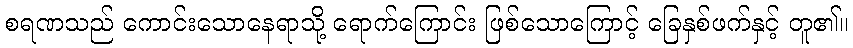
စရဏသည် ကောင်းသောနေရာသို့ ရောက်ကြောင်း ဖြစ်သောကြောင့် ခြေနှစ်ဖက်နှင့် တူ၏။